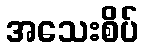
အသေးစိပ်